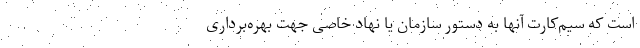
است که سیم‌کارت آنها به دستور سازمان یا نهاد خاصی جهت بهره‌برداری